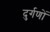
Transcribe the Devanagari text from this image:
दुर्गणों